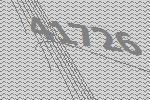
41726